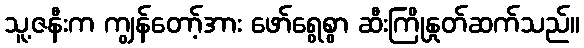
သူ့ဇနီးက ကျွန်တော့်အား ဖော်ရွေစွာ ဆီးကြိုနှုတ်ဆက်သည်။